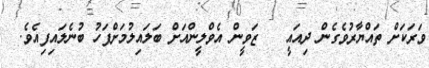
ވަރަކަށް ތައްޔާރުވެގެން ދިއައީ   ޒަވީން އެވްލީންއަށް ބަލައިލުމަށްފަހު ބުނެލައިފިއެވެ.